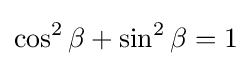
\cos ^{2}\beta +\sin ^{2}\beta =1